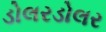
ડોલરડોલર